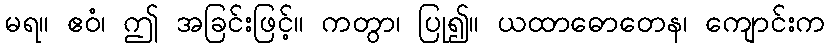
မရ။ ဧဝံ၊ ဤ အခြင်းဖြင့်။ ကတွာ၊ ပြု၍။ ယထာဓောတေန၊ ကျောင်းက